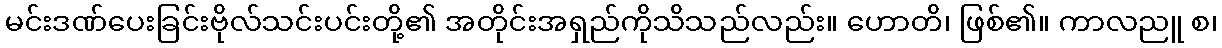
မင်းဒဏ်ပေးခြင်းဗိုလ်သင်းပင်းတို့၏ အတိုင်းအရှည်ကိုသိသည်လည်း။ ဟောတိ၊ ဖြစ်၏။ ကာလညူ စ၊